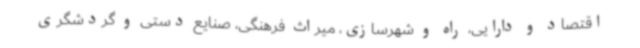
اقتصاد و دارایی، راه و شهرسازی، میراث فرهنگی، صنایع دستی و گردشگری